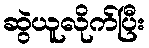
ဆွဲယူလိုက်ပြီး